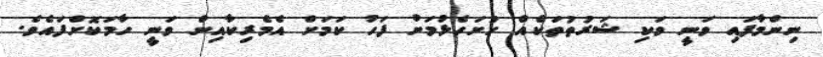
ނިންމާފައި ވަނީ ވަކި ޝަރުތުތަކެއް ހުށަހެޅުމަށް ފަހު ކަމަށް އެމެރިކާއިން ވަނީ ހާމަކޮށްފައެވެ.